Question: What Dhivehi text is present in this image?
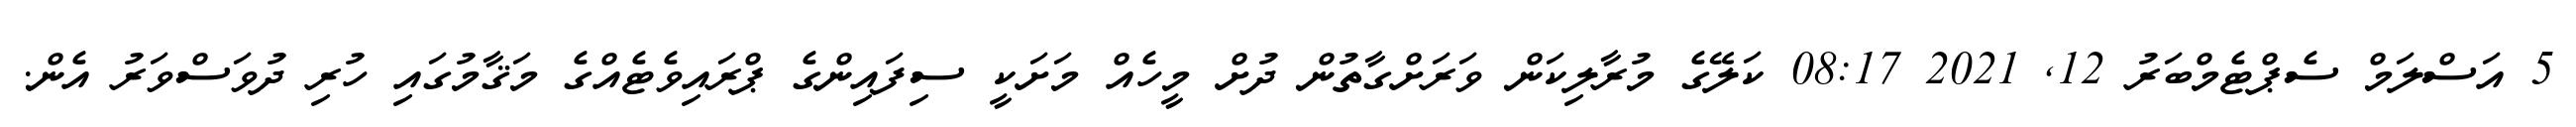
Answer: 5 އަސްލަމް ސެޕްޓެމްބަރު 12, 2021 08:17 ކަލޭގެ މުރާލިކަން ވަރަށްގާތުން ދުށް މީހެއް މަށަކީ ސިފައިންގެ ޕްރައިވެޓެއްގެ މަޤާމުގައި ހުރި ދުވަސްވަރު އެން.